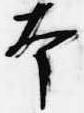
本